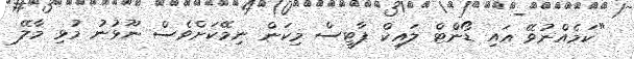
"ކަމެއްނުވޭ އައި ޑޯންޓް ލައިކް ޕާޓީސް މިކަން ނިމޭކަށްވެސް ނޫޅުނު މުޅި މާލޭ